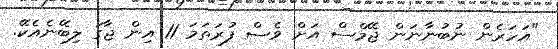
"އަހަރެން ނުބުނާނަން ޖޭމްސް އަށް ވެސް ފުރަތަމަ 11 އިން ޖާގަ ލިބޭނެއެކޭ.